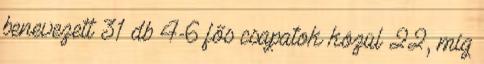
benevezett 31 db 4-6 fős csapatok közül 22, míg